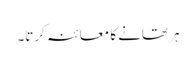
ہر تھانے کا معائنہ کرتا۔